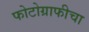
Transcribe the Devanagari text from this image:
फोटोग्राफीचा